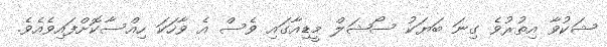
ޝަކުވާ އިތުރުވެ ގިނަ ބަޔަކު ސޯޝަލް މީޑިއާގައި ވެސް އެ ވާހަކަ ހިއްސާކޮށްފައިވެއެވެ.